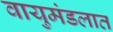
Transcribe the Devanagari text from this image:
वायुमंडलात